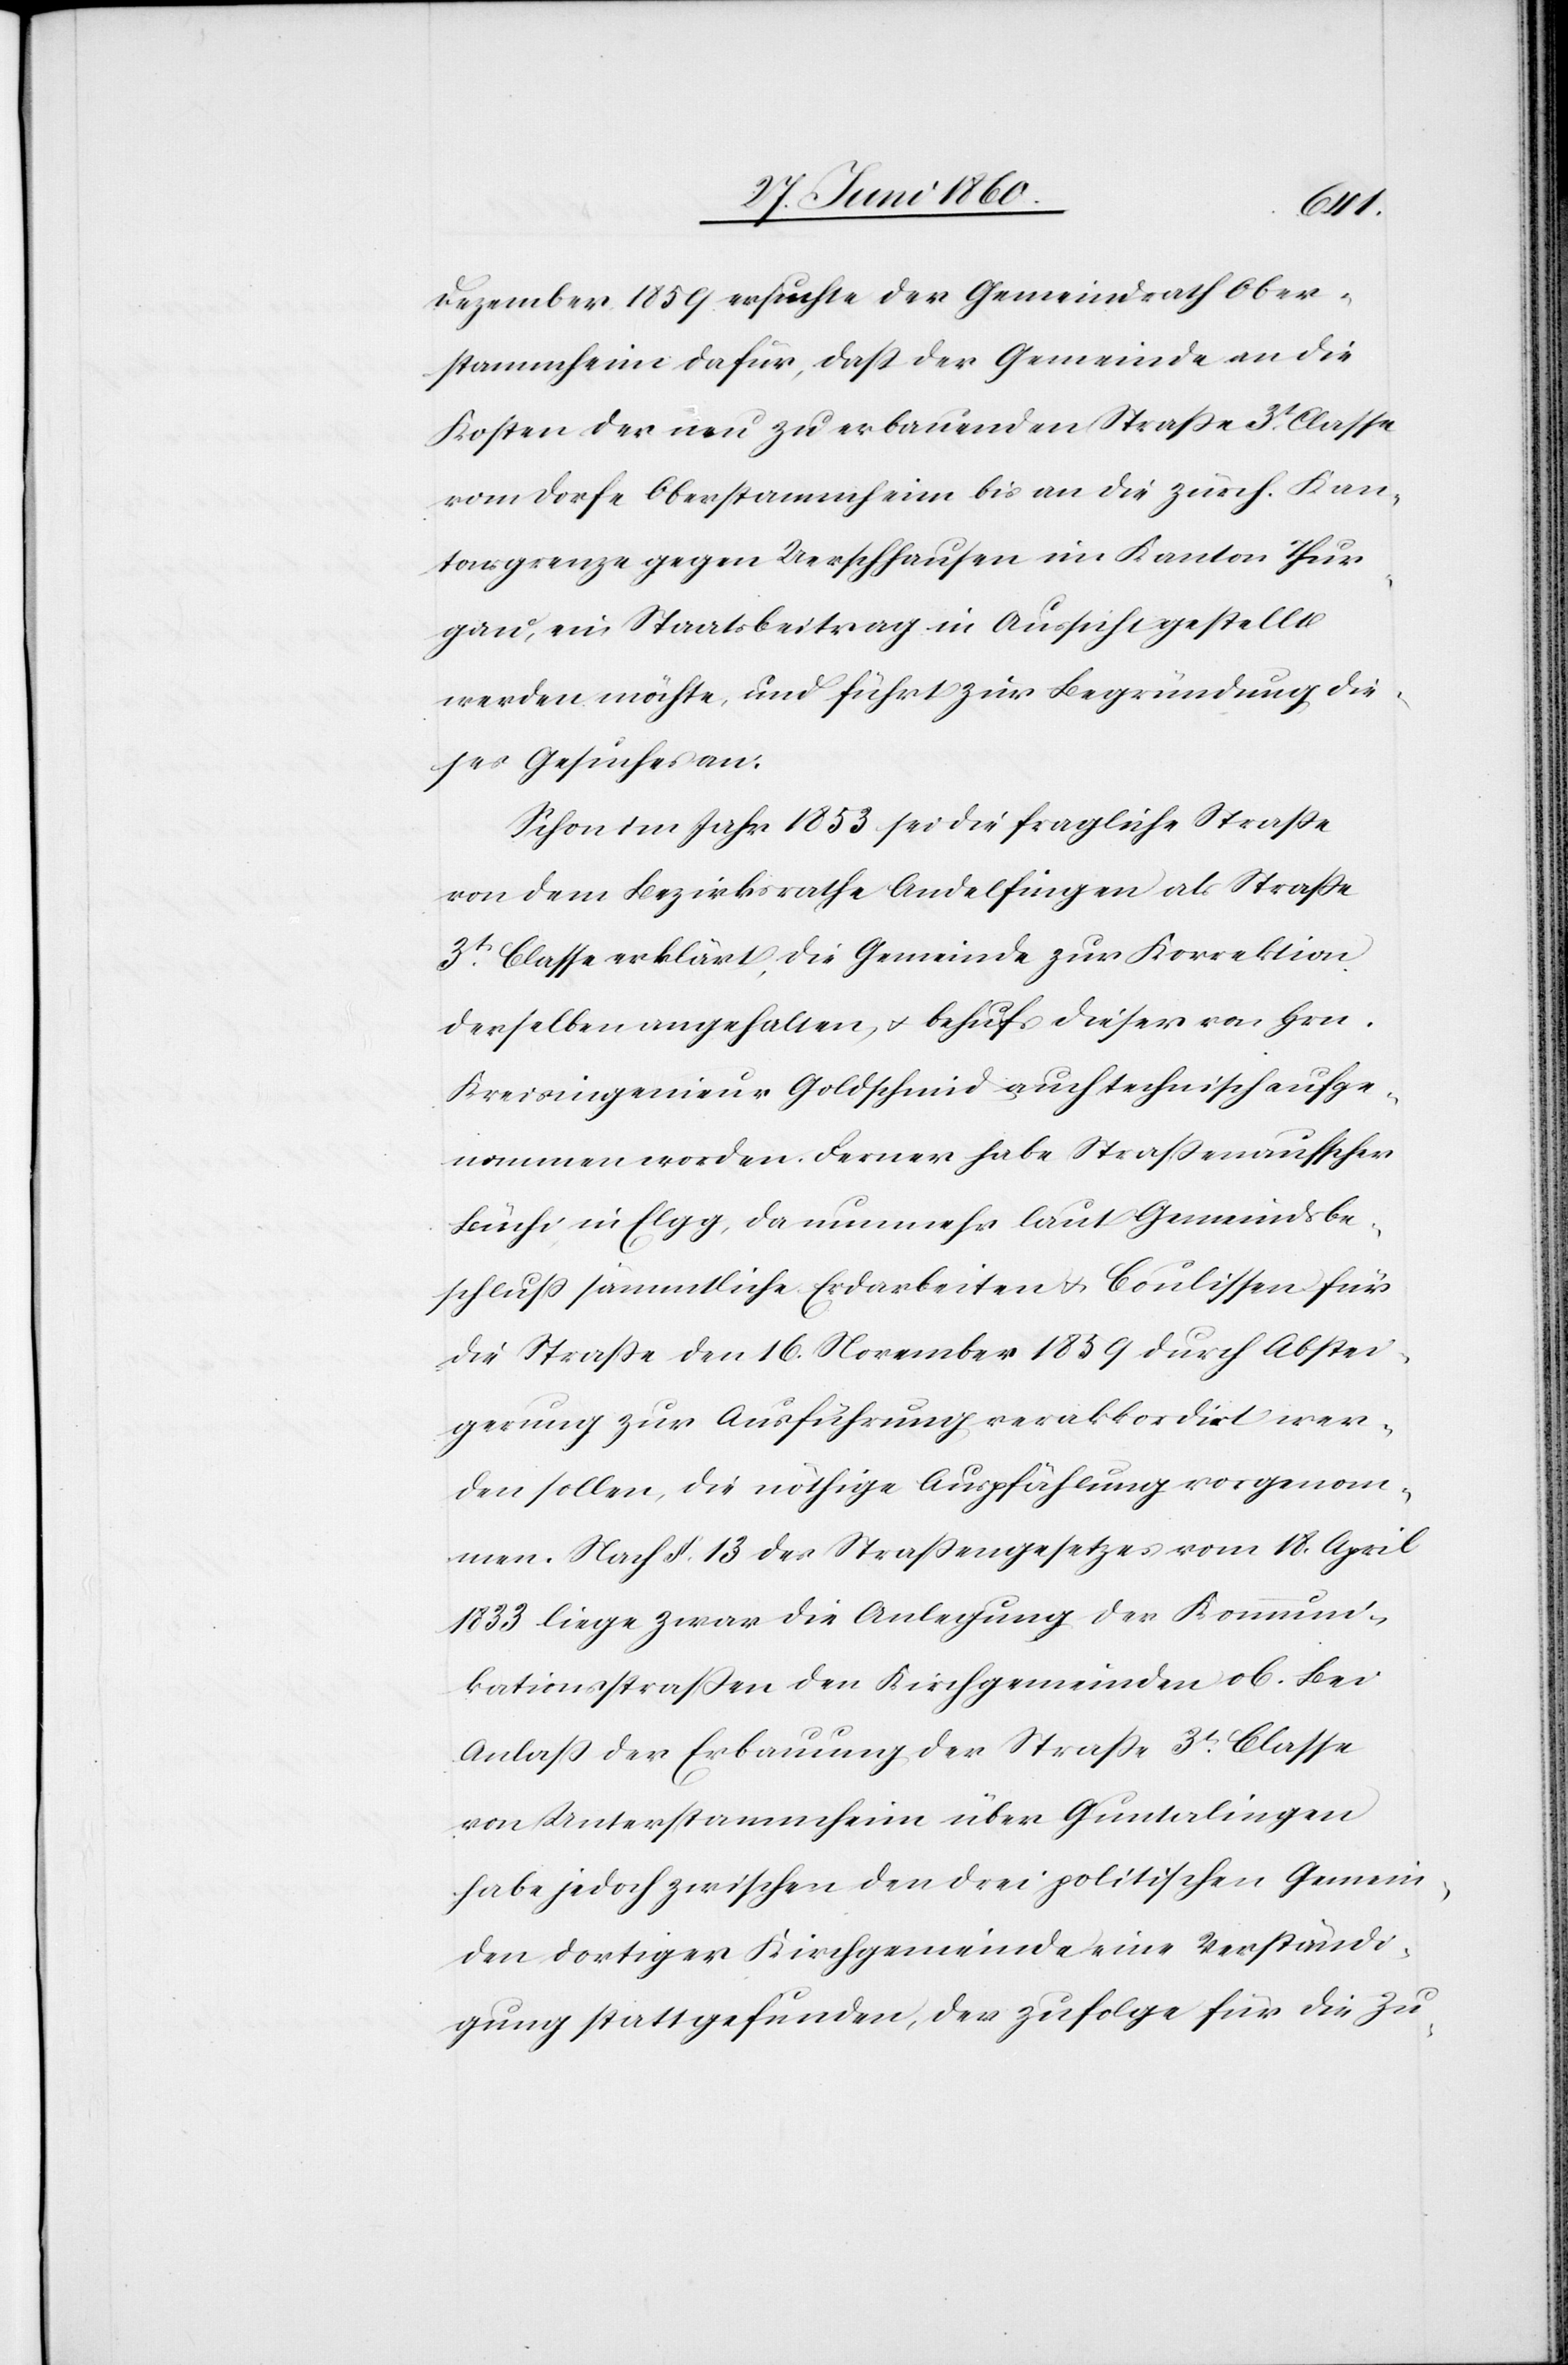
Dezember 1859 ersuchte der Gemeindrath Ober¬
stammheim dafür, dass der Gemeinde an die
Kosten der neu zu erbauenden Strasse 3t Classe
vom Dorfe Oberstammheim bis an die zürch. Kan¬
tonsgrenze gegen Uerschhausen im Kanton Thur¬
gau, ein Staatsbeitrag in Aussicht gestellt
werden möchte, und führt zur Begründung die¬
ses Gesuches an:
Schon im Jahr 1853 sei die fragliche Strasse
von dem Bezirksrathe Andelfingen als Strasse
3t Classe erklärt, die Gemeinde zur Korrektion
derselben angehalten, u. behufs dieser von Hrn.
Kreisingenieur Goldschmid auch technisch aufge¬
nommen worden. Ferner habe Strassenaufs[e]her
Büchi in Elgg, da nunmehr laut Gemeindsbe¬
schluss sämmtliche Erdarbeiten u. Coulissen für
die Strasse den 16. November 1859 durch Abstei¬
gerung zur Ausführung verakkordirt wer¬
den sollen, die nöthige Auspfählung vorgenom¬
men. Nach §. 13. des Strassengesetzes vom 18. April
1833 liege zwar die Anlegung der Kommuni¬
kationsstrassen den Kirchgemeinden ob. Bei
Anlass der Erbauung der Strasse 3t Classe
von Unterstammheim über Guntalingen
habe jedoch zwischen den drei politischen Gemein¬
den dortiger Kirchgemeinde eine Verständi¬
gung stattgefunden, der zufolge für die Zu-